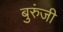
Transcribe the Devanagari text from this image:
बुरुंजी